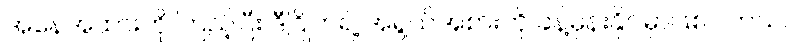
အနေအထားကို ကြည့်ပြီး ဒီဂြိုဟ်ရဲ့ အရွယ်အစားကို ခန့်မှန်းနိုင်မှာဖြစ်ပါတယ်။